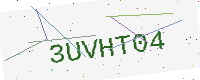
Text: 3UVHT04